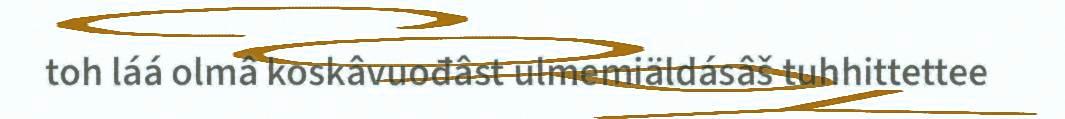
toh láá olmâ koskâvuođâst ulmemiäldásâš tuhhittettee